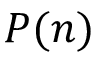
P ( n )